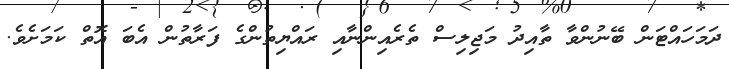
ދަމަހައްޓަން ބޭނުންވާ ތާއިދު މަޖިލިސް ތެރެއިންނާއި ރައްޔިތުންގެ ފަރާތުން އެބަ އޮތް ކަމަށެވެ.